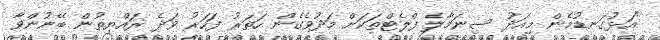
"އަޅުގަނޑުމެން މިއަދު ސިނަމާލެ ފްލެޓްތަކަށް މަދުވެގެން ހަތަރު ފަހަރު ވަދެ ރައްޔިތުން ބޭނުންވާ